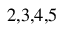
^ { 2 , 3 , 4 , 5 }